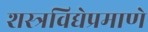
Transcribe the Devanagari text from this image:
शस्त्रविद्येप्रमाणे